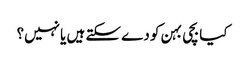
کیا بچی بہن کو دے سکتے ہیں یا نہیں؟